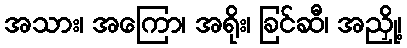
အသား၊ အကြော၊ အရိုး၊ ခြင်ဆီ၊ အညှို့၊